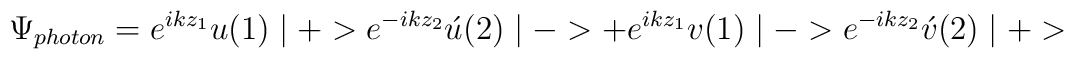
\Psi_{photon}=e^{ikz_{1}}u(1)\mid+>e^{-ikz_{2}}\acute{u}(2)\mid->+e^{ikz_{1}}v(1)\mid->e^{-ikz_{2}}\acute{v}(2)\mid+>